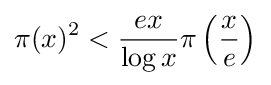
\pi (x)^{2}<{\frac {ex}{\log x}}\pi \left({\frac {x}{e}}\right)